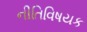
નીતિવિષયક